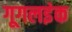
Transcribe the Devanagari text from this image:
गूगलइंक